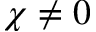
\chi \neq 0